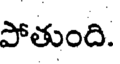
పోతుంది.